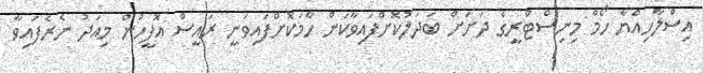
އިސްލާހިއްޔާ ހޯމް މިނިސްޓްރީގެ ދަށަށް ބަދަލުކޮށްފައިވާކަން ހާމަކޮށްފައިވަނީ ރައީސް އޮފީހުން މިއަދު ނެރެފައިވާ